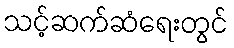
သင့်ဆက်ဆံရေးတွင်